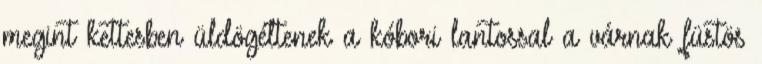
megint kettesben üldögéltenek a kóbori lantossal a várnak füstös